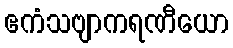
ဧကံသဗျာကရဏီယော